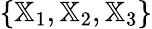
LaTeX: \{ {\mathbb X}_{1},{\mathbb X}_{2},{\mathbb X}_{3}\}